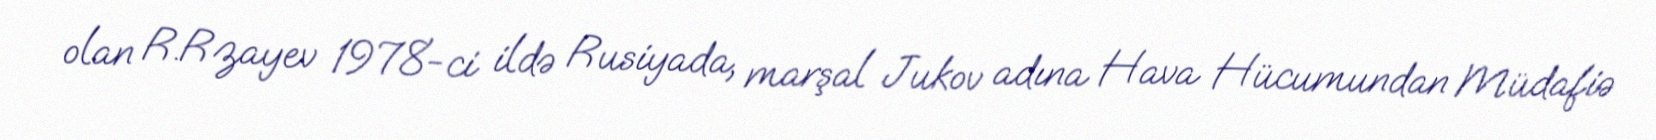
olan R.Rzayev 1978-ci ildə Rusiyada, marşal Jukov adına Hava Hücumundan Müdafiə